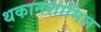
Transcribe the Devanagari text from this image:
थकानशामिल